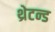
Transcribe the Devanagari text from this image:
थ्रेटन्ड